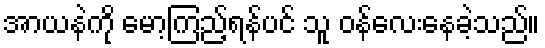
အာယနဲကို မော့ကြည့်ရန်ပင် သူ ဝန်လေးနေခဲ့သည်။